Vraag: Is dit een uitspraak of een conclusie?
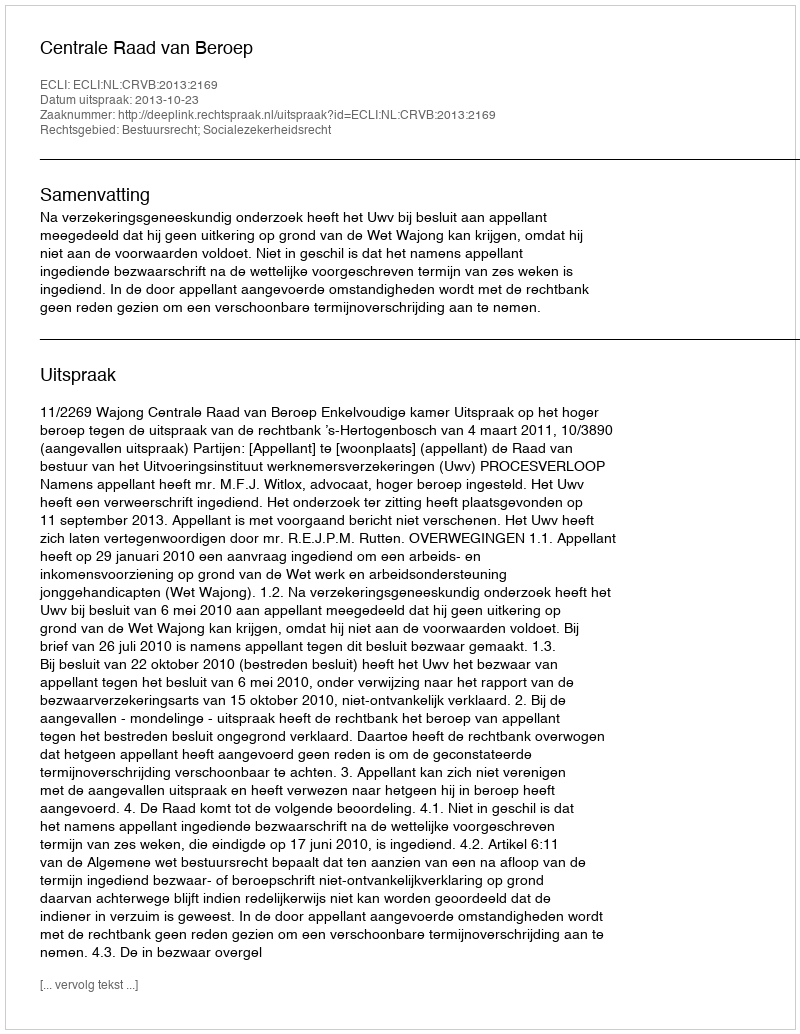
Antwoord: Uitspraak